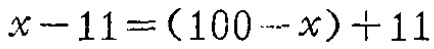
\(x - 11 = (100 - x)+ 11\)